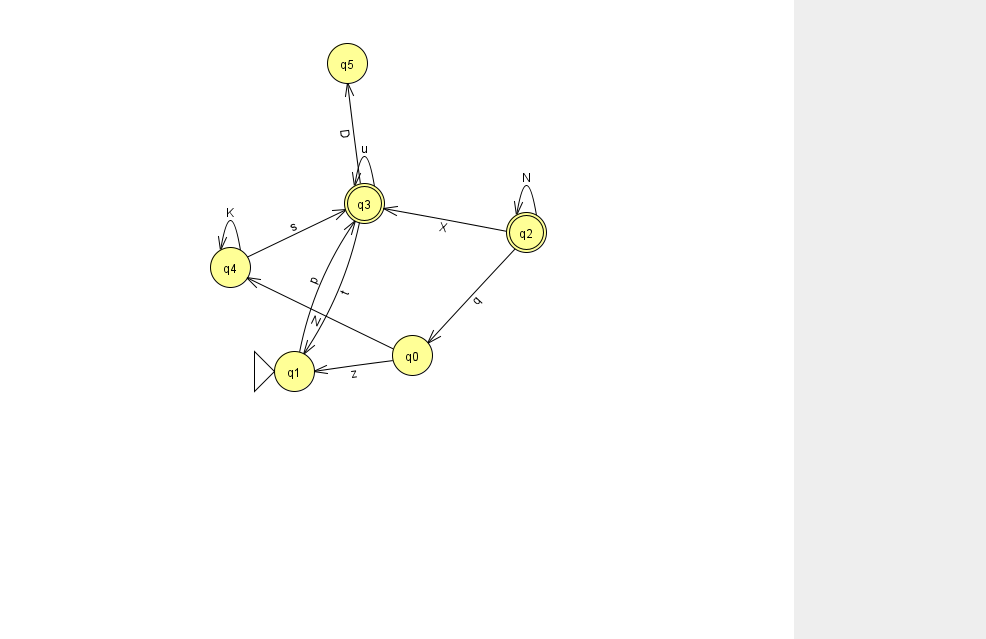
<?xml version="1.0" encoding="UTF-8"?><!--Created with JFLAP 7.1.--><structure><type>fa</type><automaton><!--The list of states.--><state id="0" name="q0"><x>412.0</x><y>342.0</y></state><state id="1" name="q1"><x>294.0</x><y>358.0</y><initial/></state><state id="2" name="q2"><x>526.0</x><y>219.0</y><final/></state><state id="3" name="q3"><x>364.0</x><y>190.0</y><final/></state><state id="4" name="q4"><x>230.0</x><y>254.0</y></state><state id="5" name="q5"><x>347.0</x><y>50.0</y></state><!--The list of transitions.--><transition><from>0</from><to>1</to><read>z</read></transition><transition><from>2</from><to>3</to><read>X</read></transition><transition><from>0</from><to>4</to><read>N</read></transition><transition><from>3</from><to>3</to><read>u</read></transition><transition><from>1</from><to>3</to><read>p</read></transition><transition><from>4</from><to>3</to><read>s</read></transition><transition><from>3</from><to>5</to><read>D</read></transition><transition><from>4</from><to>4</to><read>K</read></transition><transition><from>3</from><to>1</to><read>t</read></transition><transition><from>2</from><to>2</to><read>N</read></transition><transition><from>2</from><to>0</to><read>q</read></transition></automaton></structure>